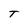
Character: T